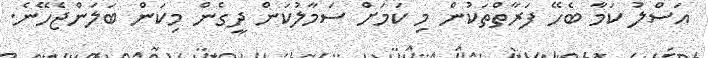
އަސްލު ކަމާ ބެހޭ ފަރާތްތަކުން މި ކަމަށް ސަމާލުކަން ދީގެން މިކަން ބަލަންޖެހޭނެ.